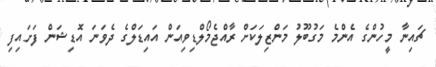
ޗައިނާ މީހުންގެ އެންމެ މަގުބޫލު މަންޒިލަކަށް ރާއްޖެމޯލްޑިވިއަން އައިޑަލްގެ ދެވަނަ އޮޑިޝަން ފަށައިފި